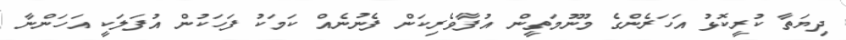
ދިޔަތާ ކުރީކޮޅު އަހަރެންގެ މޫނުމަތީން އުފާވެރިކަން ފެނުނެއް ކަމަކު ފަހަކުން އުފަލަކީ އަހަންނާ